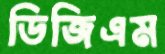
ডিজিএম